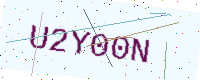
Text: U2Y00N